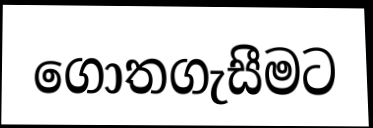
ගොතගැසීමට